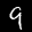
Label: 9